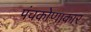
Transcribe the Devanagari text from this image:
पंचकोणाकार